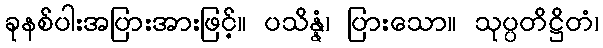
ခုနစ်ပါးအပြားအားဖြင့်။ ပသိန္နံ၊ ပြားသော။ သုပ္ပတိဋ္ဌိတံ၊